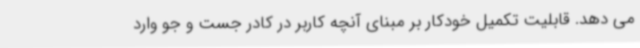
می دهد. قابلیت تکمیل خودکار بر مبنای آنچه کاربر در کادر جست و جو وارد